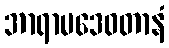
အာရာမဒေဝတာနံ